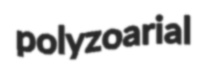
polyzoarial